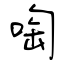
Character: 啕